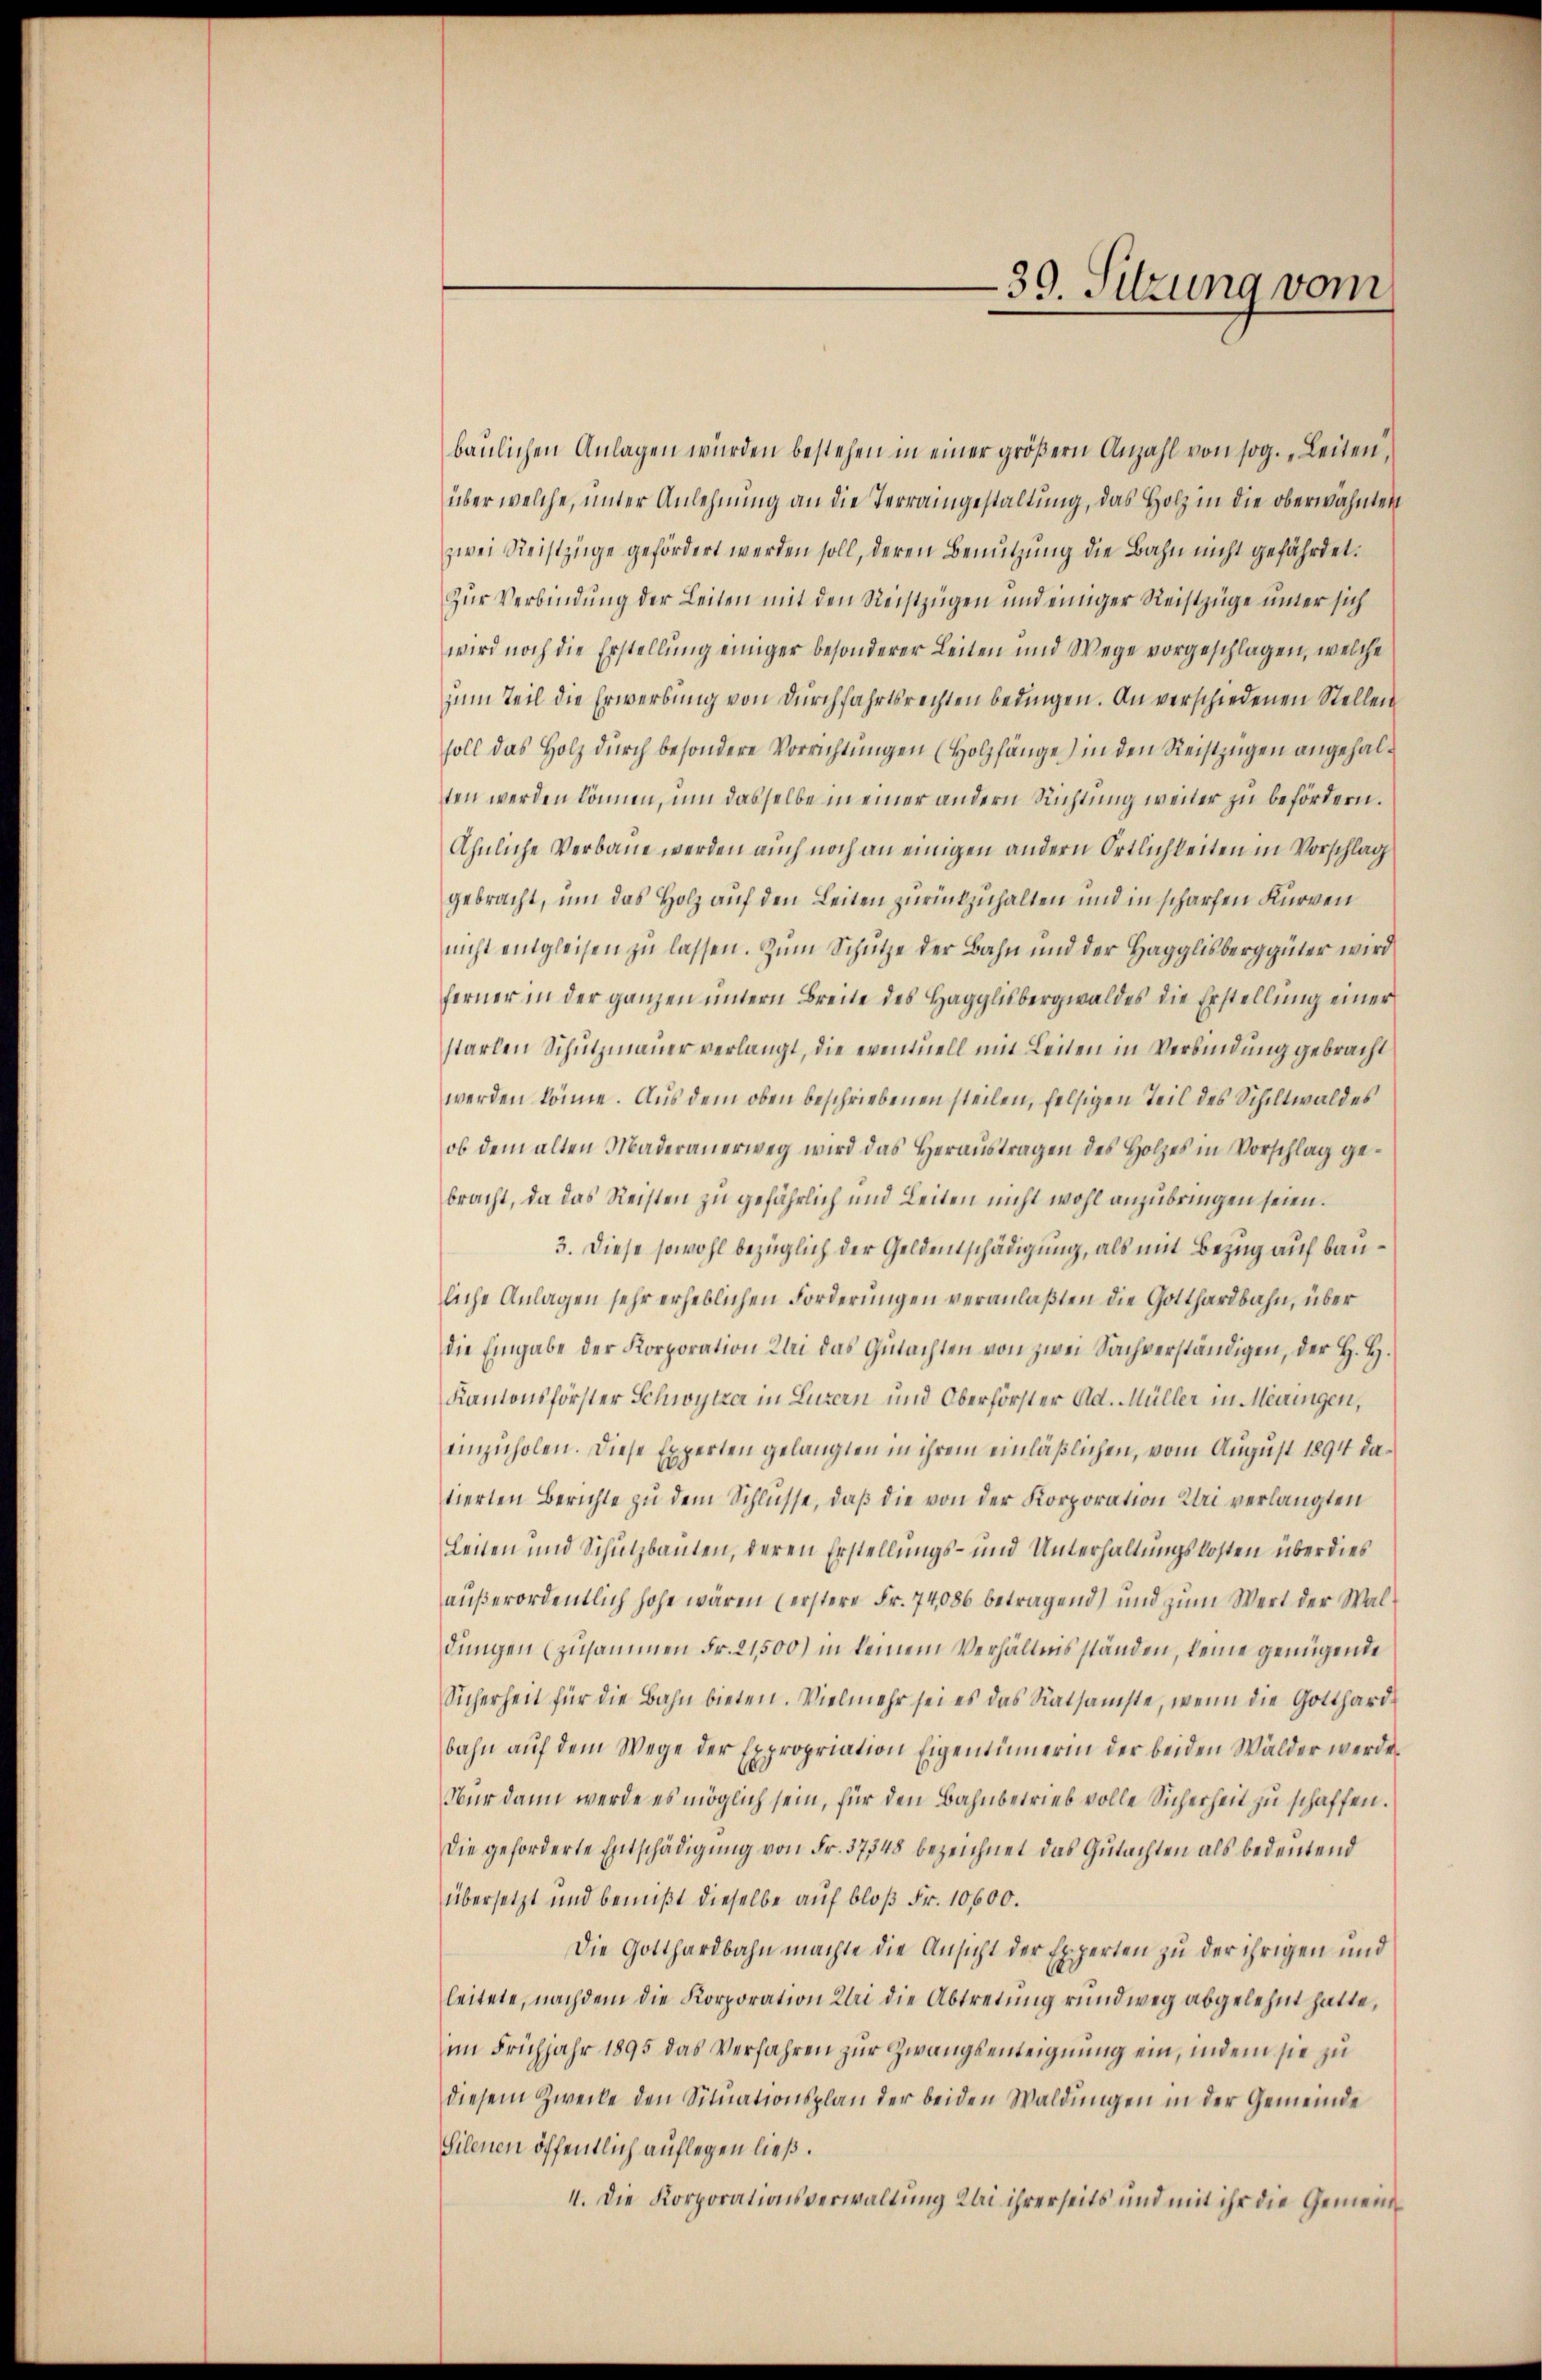
39. Sitzung vom

baulichen Anlagen würden bestehen in einer größern Anzahl von sog. „Leiten,
über welche, unter Anlehnung an die Terraingestaltung, das Holz in die oberwähnten
zwei Reistzüge gefördert werden soll, deren Benutzung die Bahn nicht gefährdet.
zur Verbindung der Leiten mit den Reistzügen und einiger Reistzüge unter sich
wird noch die Erstellung einiger besonderer Leiten und Wege vorgeschlagen, welche
zum Teil die Erwerbung von Durchfahrtsrechten bedingen. An verschiedenen Stellen
soll das Holz durch besondere Vorrichtungen (Holzfänge) in den Reistzügen angehalten werden können, um dasselbe in einer andern Richtung weiter zu befördern.
Ähnliche Verbaue werden auch noch an einigen andern Ortlichkeiten in Vorschlag
gebracht, um das Holz auf den Leiten zurückzuhalten und in scharfen Kurven
nicht eingleisen zŭ lassen. Zum Schütze der Bahn und der Hagglisberg güter wird
ferner in der ganzen untern Breite des Hagglisbergwaldes die Erstellung einer
starlen Schutzmauer verlangt, die eventuell mit Leiten in Verbindung gebracht
werden könne. Aus dem oben beschriebenen steilen, felsigen Teil des Schiltwaldes
ob dem alten Maderanerweg wird das Heraustragen des Holzes in Vorschlag gebracht, da das Reisten zu gefährlich und Leiten nicht wohl anzubringen seien.
3. Diese sowohl bezüglich der Geldentschädigung, als mit Bezug auf bauliche Anlagen sehr erheblichen Forderungen veranlaßten die Gotthardbahn, über
die Eingabe der Korporation Klei das Gŭtachten von zwei Sachverständigen, der H. H.
Kantonsforster Schwytzer in Luzern und Oberförster Ad. Müller in Meiringen,
einzuholen. Diese Experten gelangten in ihrem einläßlichen, vom August 1894 datierten Berichte zu dem Schlüsse, daß die von der Korporation Uri verlangten
leiten und Schulzbauten, deren Erstellungs- und Unterhaltungskosten über dies
außerordentlich hohe wären (erstere Fr. 74086 betragend) und zum Wert der Waldungen (zusammen Fr. 21,500) in keinem Verhältnis ständen, keine genügende
Sicherheit für die Bahn bieten. Vielmehr sei es das Ratsamste, wenn die Gotthard-
bahn aŭf dem Wege der Expropriation Eigentümerin der beiden Wälder werde.
Nur dann werde es möglich sein, für den Bahnbetrieb volle Sicherheit zu schaffen.
die geforderte Entschädigŭng von Fr. 37348 bezeichnet das Gutachten als bedeutend
übersetzt und bewußt dieselbe auf bloß Fr. 10600.
Die Gotthardbahn machte die Ansicht der Experten zu der ihrigen und
leitete, nachdem die Korporation Uri die Abtretŭng rundweg abgelehnt hatte,
im Frühjahr 1895 das Verfahren zur Zwangsenteignung ein, indem sie zu
diesem Zwecke den Situationsplan der beiden Waldungen in der Gemeinde
Silenen öffentlich auflegen ließ.
4. Die Korporationsverwaltung Kli ihrerseits und mit ihr die Gemein¬